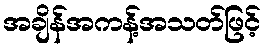
အချိန်အကန့်အသတ်ဖြင့်